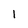
Character: 1